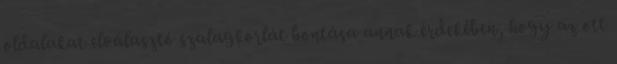
oldalakat elválasztó szalagkorlát bontása annak érdekében, hogy az ott